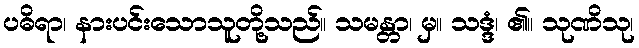
ပဓိရာ၊ နားပင်းသောသူတို့သည်။ သမန္တာ၊ မှ။ သဒ္ဒံ၊ ၏။ သုဏိသု၊